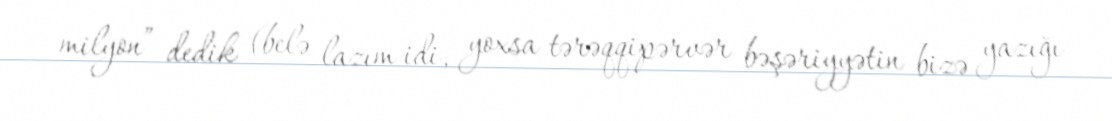
milyon” dedik (belə lazım idi, yoxsa tərəqqipərvər bəşəriyyətin bizə yazığı